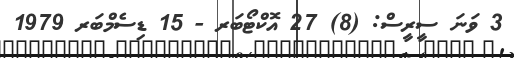
3 ވަނަ ސީރީސް: (8) 27 އޮކްޓޯބަރ - 15 ޑިސެމްބަރ 1979